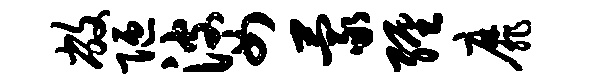
敝陋婆蒙缠靡